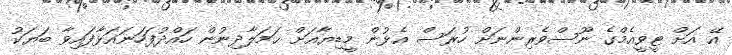
އޭ އަށް ޓީވީއެމްގެ ނޫސްވެރިންނަށް ހުރަސް އެޅުން މީޑިޔާއަށް ޙަމަލާދިނުން ހައްދުފަހަނައަޅާފައިވާ ބަޔަކު